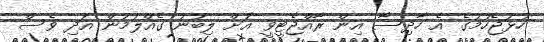
ހުޅުޖެހުމުގެ އެ ހާދިސާ އިން ރާއްޖެޓީވީ އަށް ލިބުނު ގެއްލުމުން އަދި ވެސް